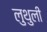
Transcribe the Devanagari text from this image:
लुथुली